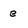
Character: e